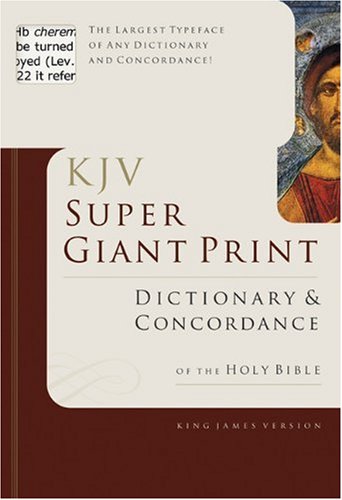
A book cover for KJV Super Giant Print Dictionary & Concordance; Christian Books & Bibles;